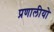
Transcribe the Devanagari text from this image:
प्रणालीयो